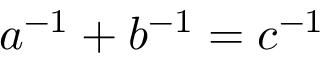
a ^ { - 1 } + b ^ { - 1 } = c ^ { - 1 }